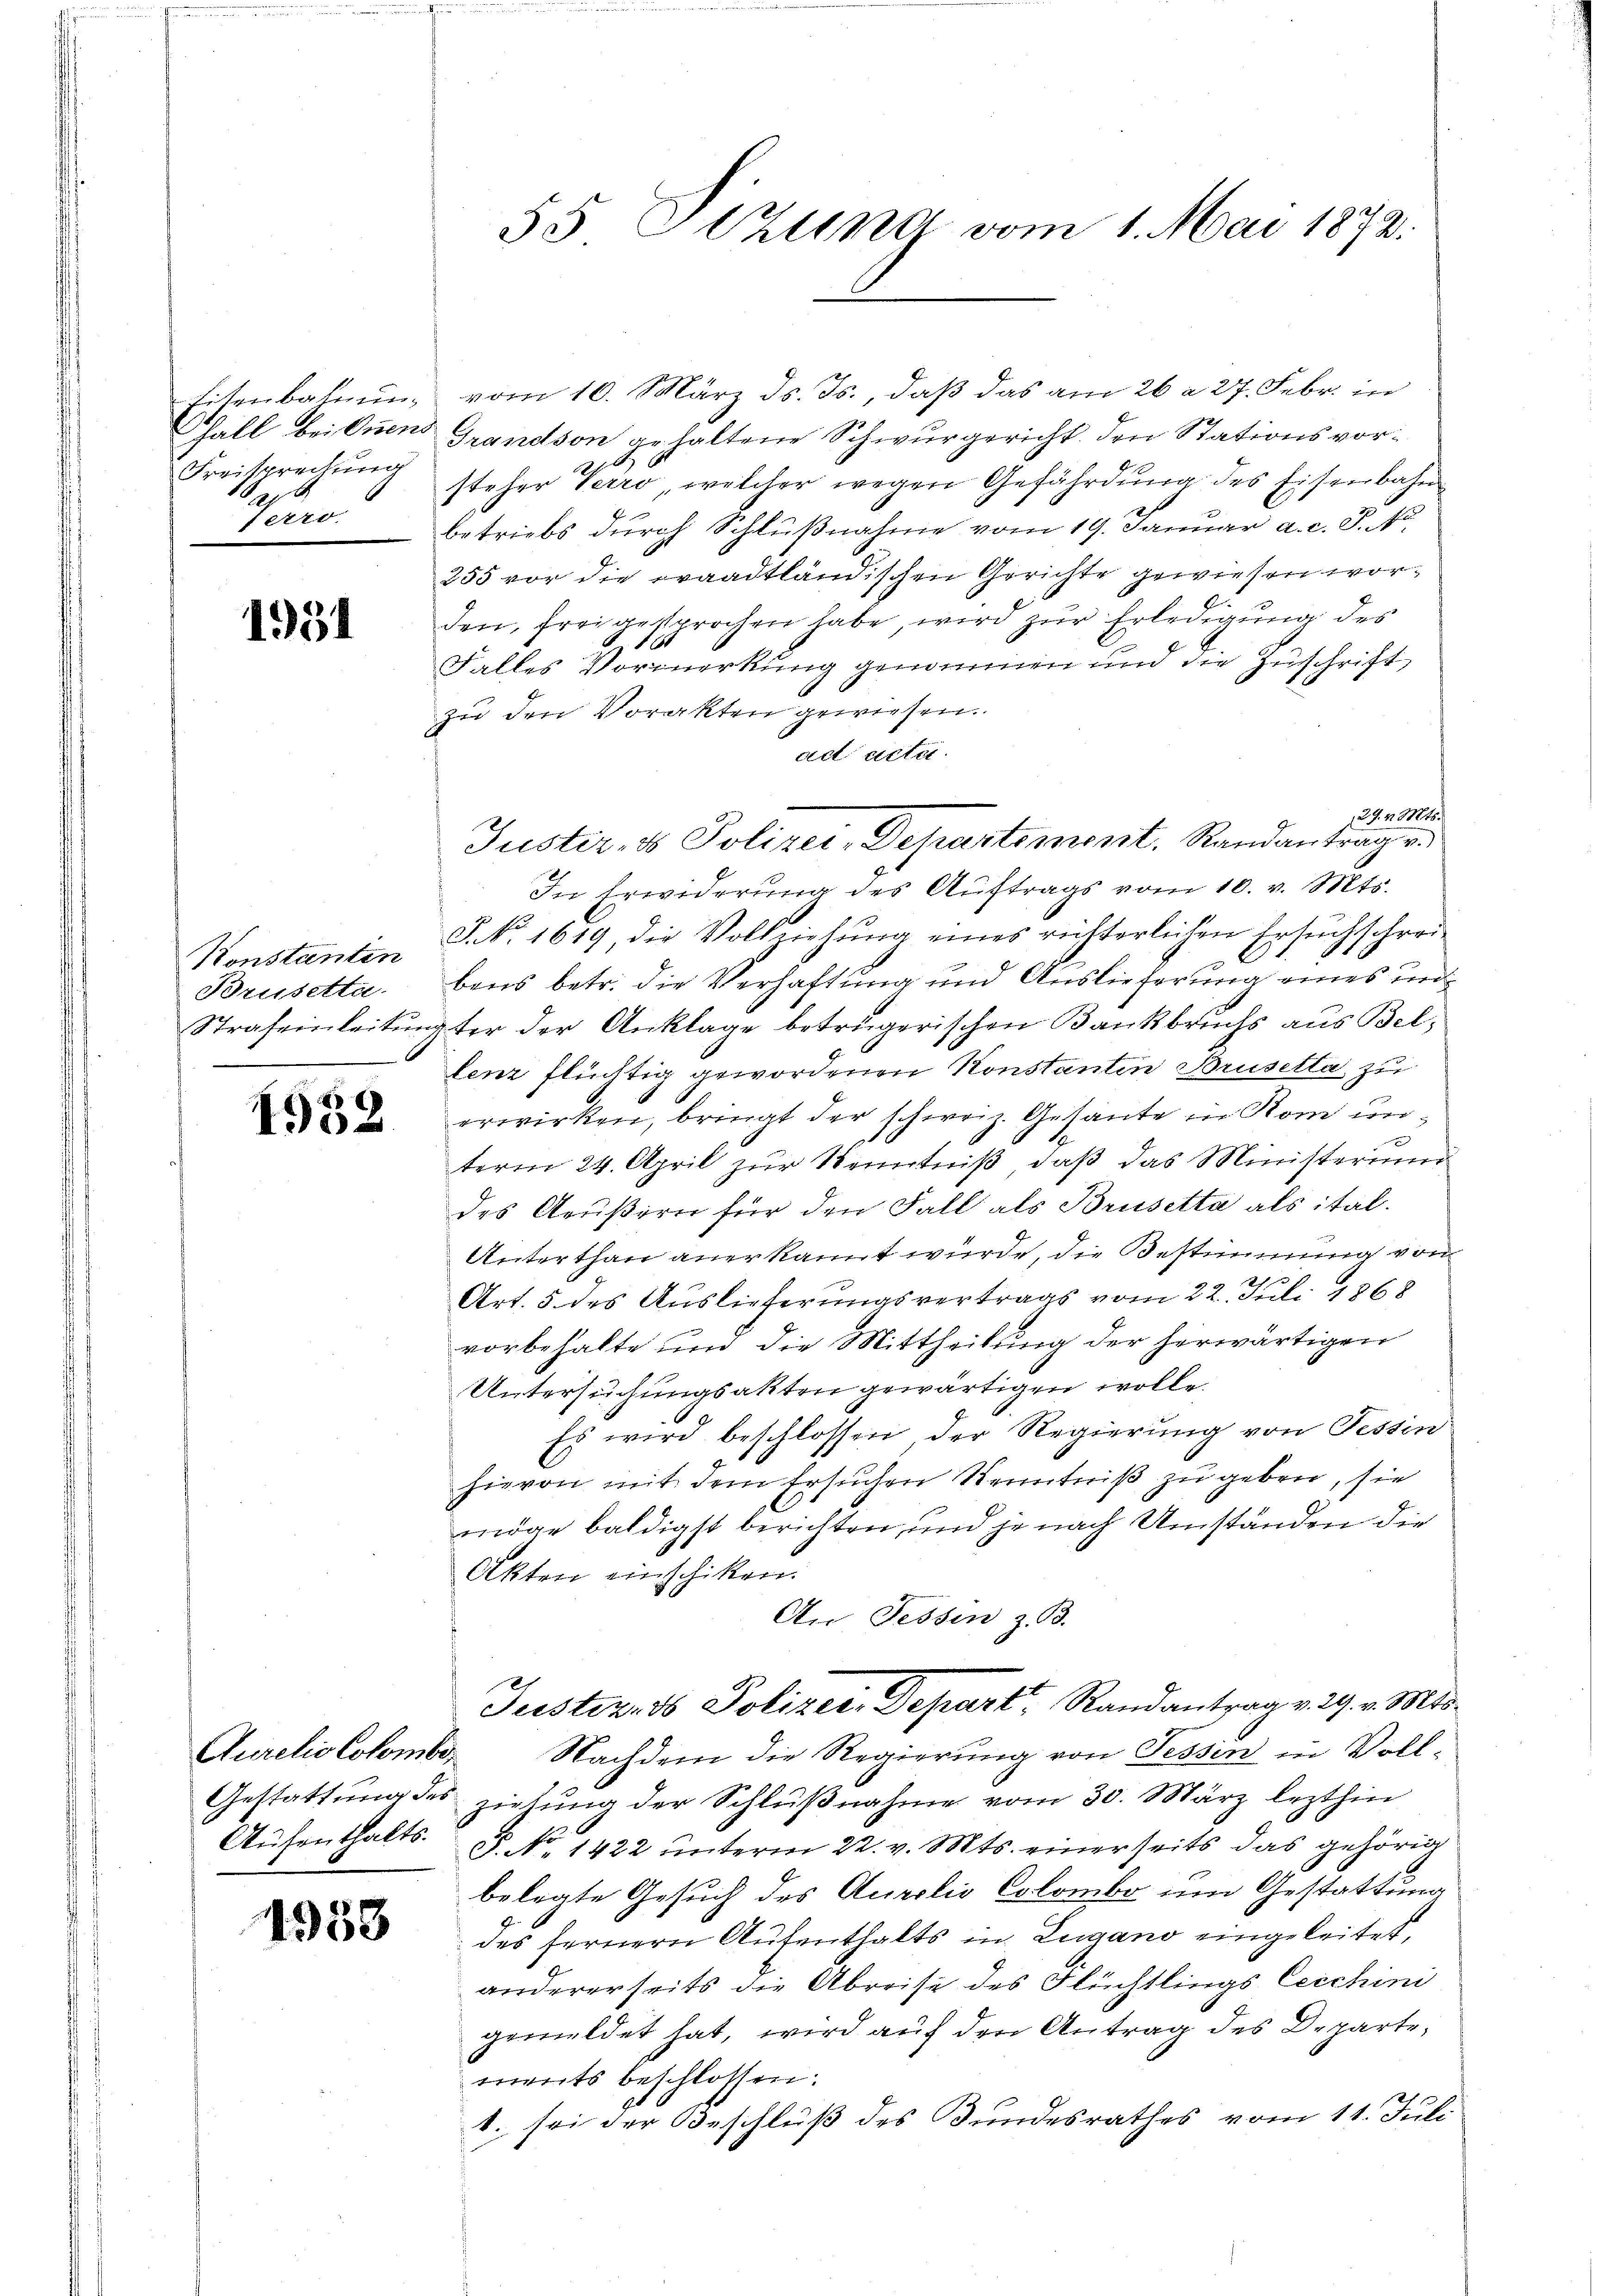
Eisenbahnung
Hall bei Inem
Freisprechung
.
fero.

1931

Konstanten
Brusetta.

1932

Aufenthalts.

4953

vom 10. März ds. Js., daß das am 26 a 27. Febr. in
Grandson gehaltene Schwurgericht den Stationsvorsteher Verro, welcher wegen Gefährdung des Eisenbahn
Fr.
betriebs dŭrch Schlŭβnahme vom 19. Januar a. c. J. N
255 vor die praadtländischen Gerichte gewiesen worden, frei gesprochen habe, wird zur Erledigung des
1
Falles Vormerkung genommen und die Zuschrift
zu den Vorakten gewiesen.
ad acta
29. v. Mts.
In Erwiderung des Auftrags vom 10. v. Mts.
J. No. 1619 die Vollziehung eines rütterlichen Ersuchschrei-
x
bens betr. die Verhaftung und Auslieferung eines un¬
Strafeinleitungter der Anklage betrügerischen Bankbruchs aus Bellenz flüchtig gewordenen Konstanten Brusella, zu
erwirken, bringt der schweiz. Gesante in Rom unx
term 24. April zur Kenntniß, daß das Ministerium
des Aeußern für den Fall als Brusetta als ital.
Unterthan anerkannt würde, die Bestimmung von
Art. 5 des Auslieferungsvertrags vom 22. Juli 1868
vorbehalte und die Mittheilung der herwärtigen
Untersuchungsakten gewärtigen wolle.
Es wird beschlossen der Regierung von Tessin
hievon mit dem Ersuchen Kenntniß zu geben, sie
möge baldigst berichten, und je nach Umständen die
Akten einschiken.
An Tessin z. B.
Justiz, ds Polizei, Depart, Randantrag v. 29. v. Mts.
Aurelis Colomber Nachdem die Regierung von Tessin in Voll¬
Gestattung des ziehung der Schlußnahme vom 30. März lezthin
P. No. 1422 unterm 22. v. Mts. einerseits das gehörig
belegte Gesuch des Aurelis Colombo um Gestattung
des fernern Aufenthalts in Lugano eingeleitet,
andererseits die Abreise des Flüchtlings leichini
gemeldet hat, wird auf den Antrag des Departe,
ments beschlossen:
1. sei der Beschluß des Bundesrathes vom 11. Juli

55 Sitzung vom 1. Mai 1872.

Justiz- & Polizei-Departement. Randantrage.